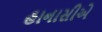
હાનાસીએ